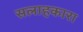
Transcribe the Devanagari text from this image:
सलाहकारा